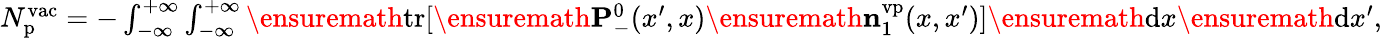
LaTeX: \begin{array}{r}{N_{\mathrm{p}}^{\mathrm{vac}}=-\int_{-\infty}^{+\infty}\int_{-\infty}^{+\infty}\ensuremath{\mathrm{tr}}[\ensuremath{\mathbf{P}}_{-}^{0}(x^{\prime},x)\ensuremath{\mathbf{n}}_{1}^{\mathrm{vp}}(x,x^{\prime})]\ensuremath{\mathrm{d}}x\ensuremath{\mathrm{d}}x^{\prime},}\end{array}